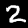
Label: 2